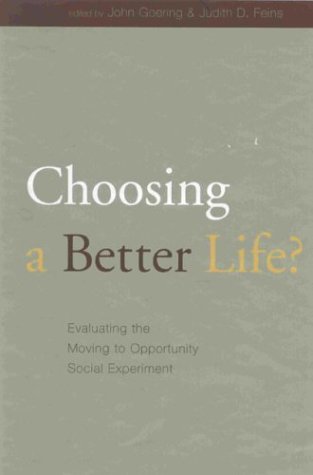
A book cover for Choosing a Better Life?: Evaluating the Moving to Opportunity Social Experiment; Law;